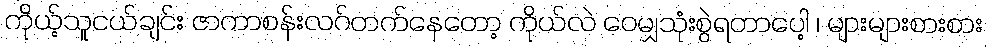
ကိုယ့်သူငယ်ချင်း ဇာကာစန်းလဂ်တက်နေတော့ ကိုယ်လဲ ဝေမျှသုံးစွဲရတာပေါ့ ၊ များများစားစား